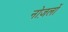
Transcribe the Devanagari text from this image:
नोज़लों